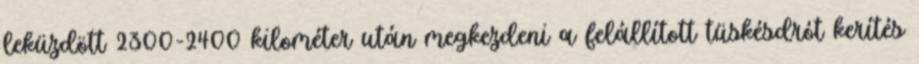
leküzdött 2300-2400 kilométer után megkezdeni a felállított tüskésdrót kerítés